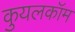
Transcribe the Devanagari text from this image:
कुयलकॉम